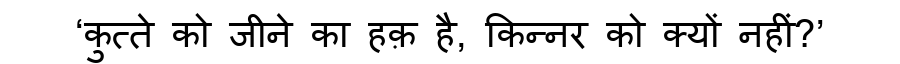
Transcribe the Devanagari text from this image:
‘कुत्ते को जीने का हक़ है, किन्नर को क्यों नहीं?’